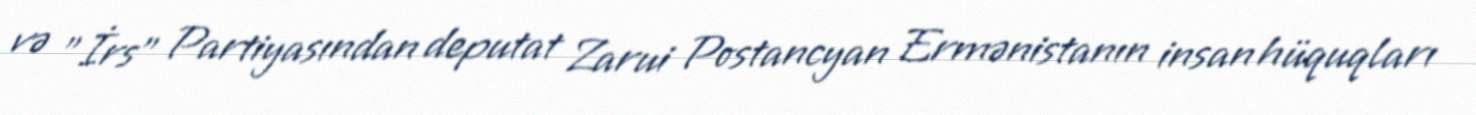
və "İrs" Partiyasından deputat Zarui Postancyan Ermənistanın insan hüquqları